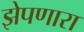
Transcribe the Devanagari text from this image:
झेपणारा